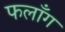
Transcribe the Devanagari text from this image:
फलाँग